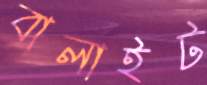
বালাইট